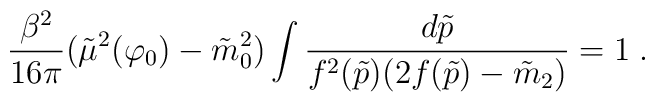
{\frac {\beta^2}{16\pi}}(\tilde{\mu}^2(\varphi_0)-\tilde{m}_0^2)\int{d\tilde{p}\over f^{2}(\tilde{p})(2f(\tilde{p})-\tilde{m}_2)}=1 \;.